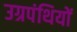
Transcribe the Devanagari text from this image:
उग्रपंथियों